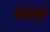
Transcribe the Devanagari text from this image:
कानं